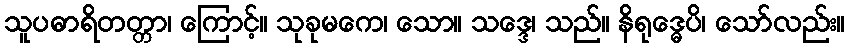
သူပဓာရိတတ္တာ၊ ကြောင့်။ သုခုမကေ၊ သော။ သဒ္ဒေ၊ သည်။ နိရုဒ္ဓေပိ၊ သော်လည်း။